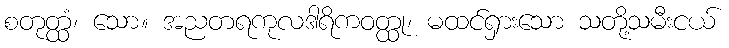
စတုတ္ထံ၊ သော။ အညတရကုလဒါရိကဝတ္ထု၊ မထင်ရှားသော သတို့သမီးငယ်